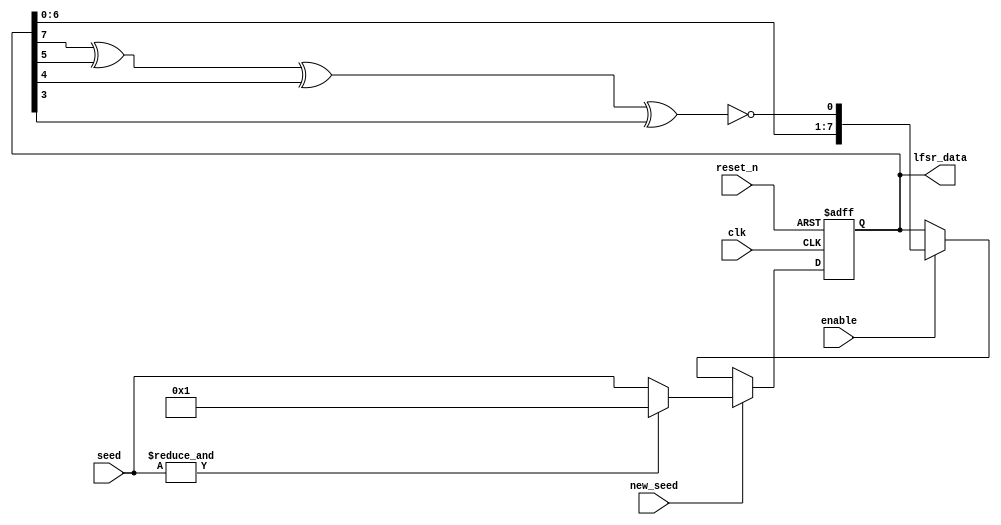
///////////////////////////////////////////////////////////////////
//=================================================================
//  Copyright (c) Alorium Technology 2016
//  ALL RIGHTS RESERVED
//  $Id:  $
//=================================================================
//
// Description : Simple LFSR module
//=================================================================
///////////////////////////////////////////////////////////////////

module alorium_lfsr
  (

   // Clock and Reset
   input clk,
   input reset_n,

   // Inputs
   input new_seed,
   input enable,
   input wire [7:0] seed,

   // Output
   output reg [7:0] lfsr_data

   );

   wire	feedback;

   assign feedback = ~(lfsr_data[7] ^ lfsr_data[5] ^ lfsr_data[4] ^ lfsr_data[3]);
   
   always @(posedge clk or negedge reset_n) begin

      if (!reset_n) begin
	 
	 lfsr_data <= 8'h01 ;  // LFSR register cannot be all 1's for XNOR LFSR
	 
      end

      else if (new_seed) begin
	 
	 lfsr_data <= &seed ? 8'h01 : seed ;  // LFSR register cannot be all 1's for XNOR LFSR
	 
      end

      else if (enable) begin

	 lfsr_data <= {lfsr_data[6:0],feedback};

      end // else: !if(!reset_n)
   end // always @ (posedge clk or negedge reset_n)

endmodule // alorium_lfsr